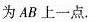
为AB上一点.